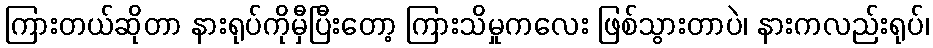
ကြားတယ်ဆိုတာ နားရုပ်ကိုမှီပြီးတော့ ကြားသိမှုကလေး ဖြစ်သွားတာပဲ၊ နားကလည်းရုပ်၊